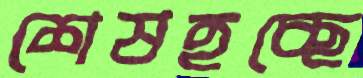
শেষহচ্ছে